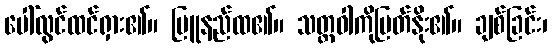
ပေါ်လွင်ထင်ရှား၏။ မြူနည်ထ၏။ သတ္တဝါကိုမြတ်နိုး၏။ ချစ်ခြင်း၊